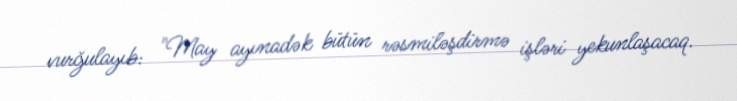
vurğulayıb: "May ayınadək bütün rəsmiləşdirmə işləri yekunlaşacaq.